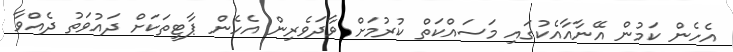
އެހެން ކަމުން އޭނާއާއެކުގައި މަސައްކަތް ކުރުމަށް ވާދަވެރިން އެހެން ޕާޓީތަކަށް ދައުވަތު ދެއްވާ